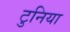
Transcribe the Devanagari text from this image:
टुनिया